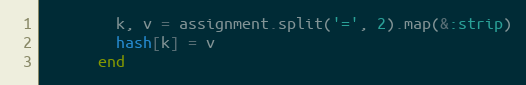
Language: Ruby
        k, v = assignment.split('=', 2).map(&:strip)
        hash[k] = v
      end